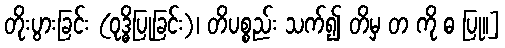
တိုးပွားခြင်း (ဝုဒ္ဓိပြုခြင်း)၊ တိပစ္စည်း သက်၍ တိမှ တ ကို ဓ ပြု၊၊]